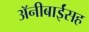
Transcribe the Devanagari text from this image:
अॅनीबाईंसह